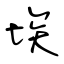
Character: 埃